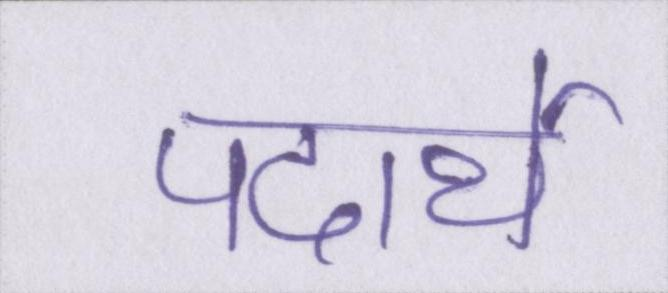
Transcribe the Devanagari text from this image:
पदार्थे